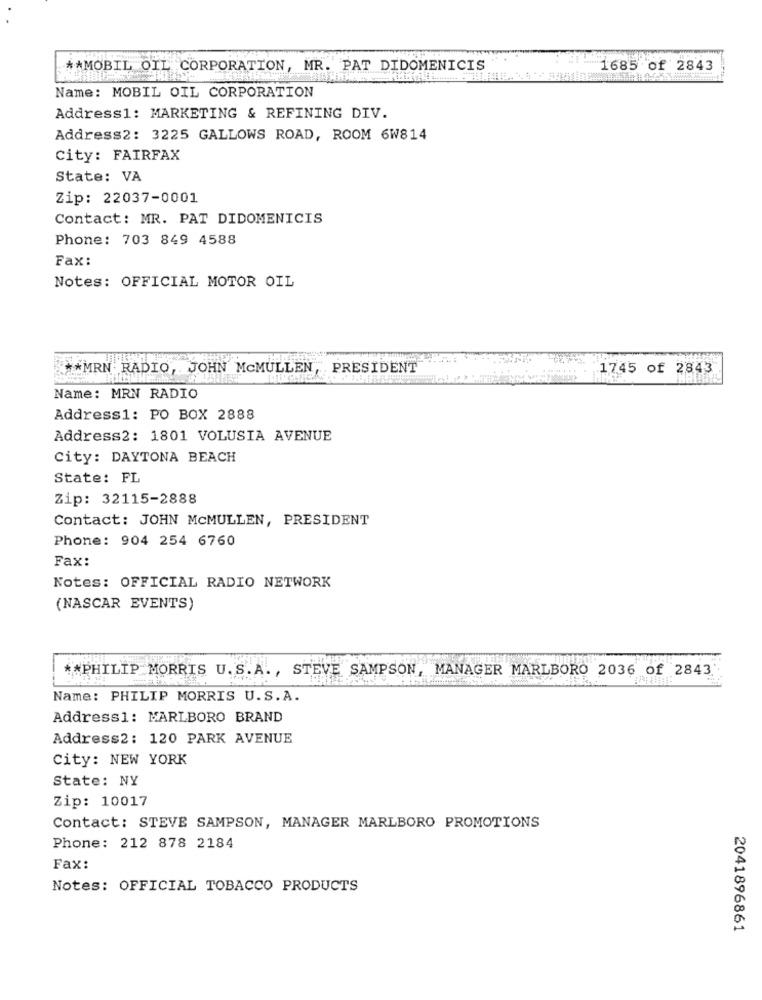
** MOBIL OIL CORPORATION, MR. PAT DIDOMENICIS
1685 of 2843
Name: MOBIL OIL CORPORATION
Address1: MARKETING & REFINING DIV.
Address2: 3225 GALLOWS ROAD, ROOM 6W814
City: FAIRFAX
State: VA
Zip: 22037-0001
Contact: MR. PAT DIDOMENICIS
Phone: 703 849 4588
Fax:
Notes: OFFICIAL MOTOR OIL
** MRN RADIO, JOHN MCMULLEN, . PRESIDENT
1745 of 2843
Name: MRN RADIO
Address1: PO BOX 2888
Address2: 1801 VOLUSIA AVENUE
City: DAYTONA BEACH
State: FL
Zip: 32115-2888
Contact: JOHN MCMULLEN, PRESIDENT
Phone: 904 254 6760
Fax:
Notes: OFFICIAL RADIO NETWORK
(NASCAR EVENTS)
** PHILIP MORRIS U.S.A ., STEVE SAMPSON, MANAGER MARLBORO 2036 of 2843
Name: PHILIP MORRIS U.S.A.
Address1: MARLBORO BRAND
Address2: 120 PARK AVENUE
City: NEW YORK
State: NY
Zip: 10017
Contact: STEVE SAMPSON, MANAGER MARLBORO PROMOTIONS
Phone: 212 878 2184
Fax:
Notes: OFFICIAL TOBACCO PRODUCTS
2041896861